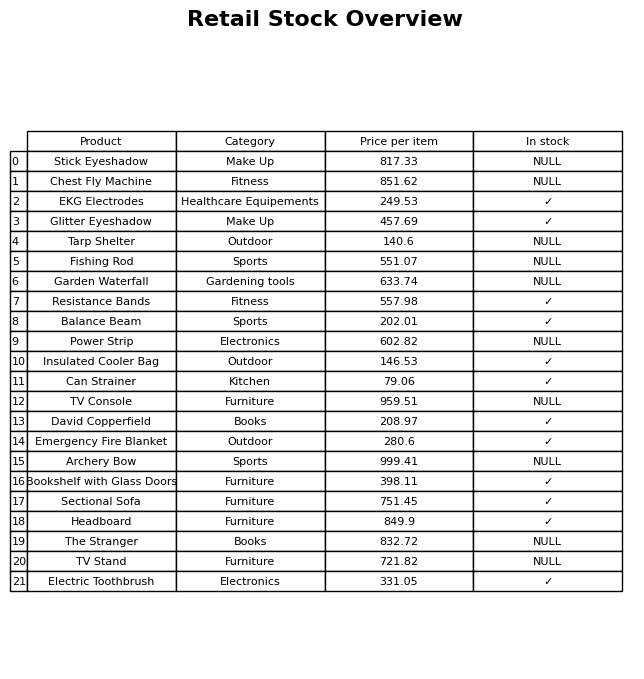
question: Which products are currently out of stock?
answer: Stick Eyeshadow, Chest Fly Machine, Tarp Shelter, Fishing Rod, Garden Waterfall, Power Strip, TV Console, Archery Bow, The Stranger, TV Stand